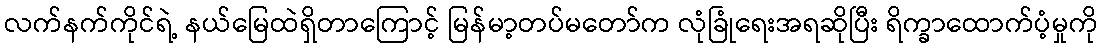
လက်နက်ကိုင်ရဲ့ နယ်မြေထဲရှိတာကြောင့် မြန်မာ့တပ်မတော်က လုံခြုံရေးအရဆိုပြီး ရိက္ခာထောက်ပံ့မှုကို